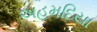
અહમદિયા